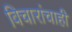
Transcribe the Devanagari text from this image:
विचारांचाही